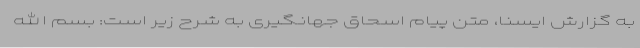
به گزارش ایسنا، متن پیام اسحاق جهانگیری به شرح زیر است: بسم الله